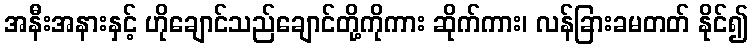
အနီးအနားနှင့် ဟိုချောင်သည်ချောင်တို့ကိုကား ဆိုက်ကား၊ လန်ခြားခမတတ် နိုင်၍